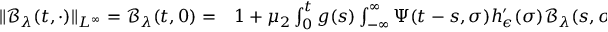
\begin{array} { r l } { \| \mathcal { B } _ { \lambda } ( t , \cdot ) \| _ { L ^ { \infty } } = \mathcal { B } _ { \lambda } ( t , 0 ) = } & { { } 1 + \mu _ { 2 } \int _ { 0 } ^ { t } g ( s ) \int _ { - \infty } ^ { \infty } \Psi ( t - s , \sigma ) h _ { \epsilon } ^ { \prime } ( \sigma ) \mathcal { B } _ { \lambda } ( s , \sigma ) d \sigma d s } \end{array}